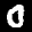
Label: 0